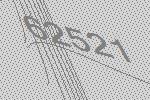
62521